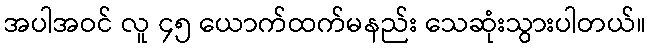
အပါအဝင် လူ ၄၅ ယောက်ထက်မနည်း သေဆုံးသွားပါတယ်။